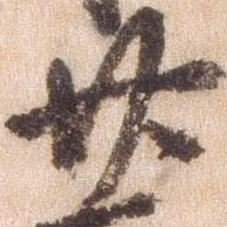
廿